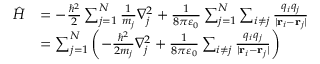
{ \begin{array} { r l } { { \hat { H } } } & { = - { \frac { \hbar ^ { 2 } } { 2 } } \sum _ { j = 1 } ^ { N } { \frac { 1 } { m _ { j } } } \nabla _ { j } ^ { 2 } + { \frac { 1 } { 8 \pi \varepsilon _ { 0 } } } \sum _ { j = 1 } ^ { N } \sum _ { i \neq j } { \frac { q _ { i } q _ { j } } { | \mathbf { r } _ { i } - \mathbf { r } _ { j } | } } } \\ & { = \sum _ { j = 1 } ^ { N } \left( - { \frac { \hbar ^ { 2 } } { 2 m _ { j } } } \nabla _ { j } ^ { 2 } + { \frac { 1 } { 8 \pi \varepsilon _ { 0 } } } \sum _ { i \neq j } { \frac { q _ { i } q _ { j } } { | \mathbf { r } _ { i } - \mathbf { r } _ { j } | } } \right) } \end{array} }